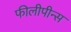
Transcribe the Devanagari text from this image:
फीलीपीन्स